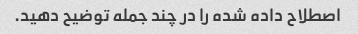
اصطلاح داده شده را در چند جمله توضیح دهید.